Alatskivi_vallavalitsus_et, lk 101
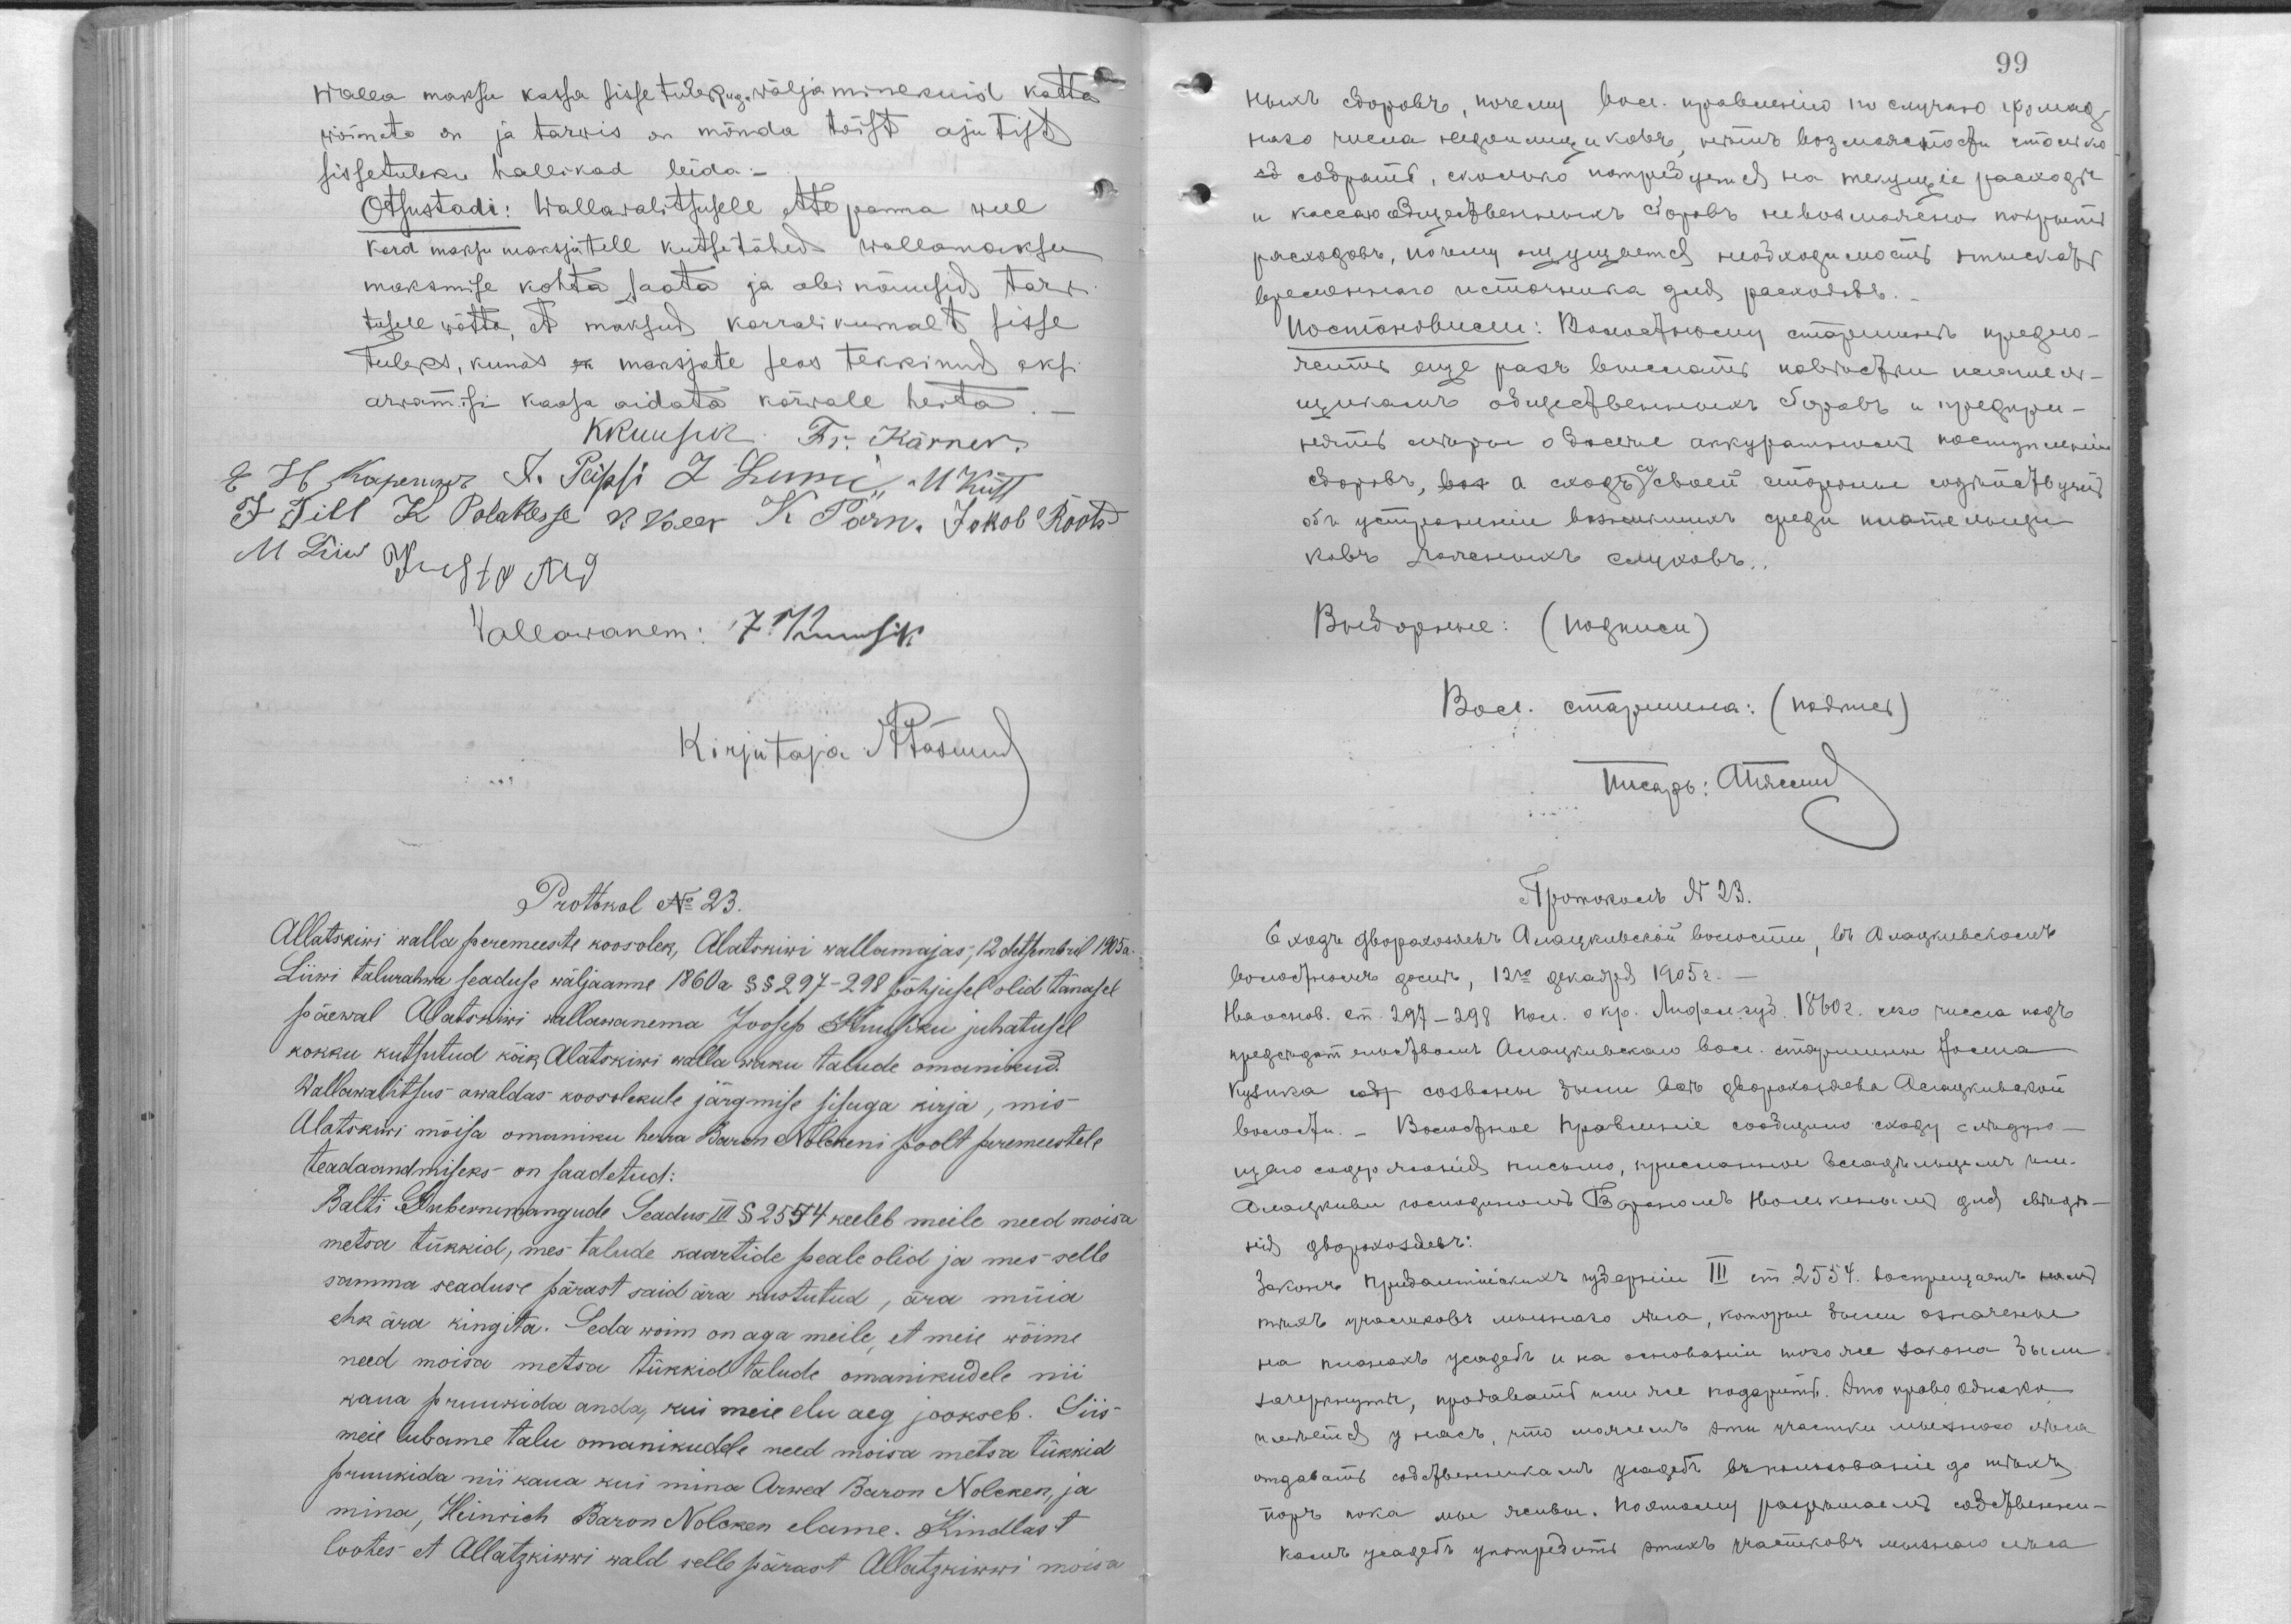
walla maksu kassa sisse tulekuga wälja minekuist katta
wõimato on ja tarwis on mõnda tõist ajutist
sissetuleku hallikad leida.
Otsustadi: Wallawalitsusele ette panna weel
kord maksu maksjatell kutsetähed wallamaksu
maksmise kohta saata ja abi nõusid tarwi-
tusele wõtta, et maksud korralukimalt sisse
tuleks, kunas ek maksjate seas tekkinud eksi
arwamisi kaasa aidata kõrwale heita.
KKuusik. Fr. Kärner.
Е. Н. Карепинъ J. Peipsi L. Lumi U. Kütt
J. Till K Polakese V. Keer K. Pärn Jakob Roots
M Liiw Kusta Aid
Wallawanem: J. Kuusik
Kirjutaja ???
Prottokol No 23.
Allatskiwi walla peremeeste koosolek, Alatskiwi wallamajas, 12 detsembril 1905a.
Liiwi talurahwa seaduse wäljaanne 1860a §§ 297-298 põhjusek olid tänasel
päewal Alatskiwi wallawanema Joosep Kuusiku juhatusel
kokku kutsutud kõik Alatskiwi walla waku talude omanikud.
Wallawalitsus awaldas koosolekule järgmise sisuga kirja, mis
Alatskiwi mõisa omaniku herra Baron Nolckeni poolt peremeestele
teadaandmiseks on saadetud:
Balti Gubernemangude Seadus III § 2554 keeleb meile nende moisa
metsa tükkid, mes talude kaartide peale olid ja mes selle
samma seaduse pärast said ära kustutud, ära müia
ehk ära kingita. Seda woim on aga meile, et meie wõime
need moisa metsa tükkid talude omanikudele nii
kaua pruukida anda, kui meie elu aeg jookseb. Siis
meie lubame talu omanikkudele need moisa metsa tükkid
pruukida nii kaua kui mina Arwed Baron Nolcken, ja
mina, Heinrich Baron Nolcken elame. Kindlast
liite et Allatzkiwwi wals selle pärast Allatzkiwwi moisa